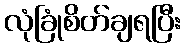
လုံခြုံစိတ်ချရပြီး